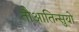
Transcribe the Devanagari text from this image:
तौआतिन्सुयो